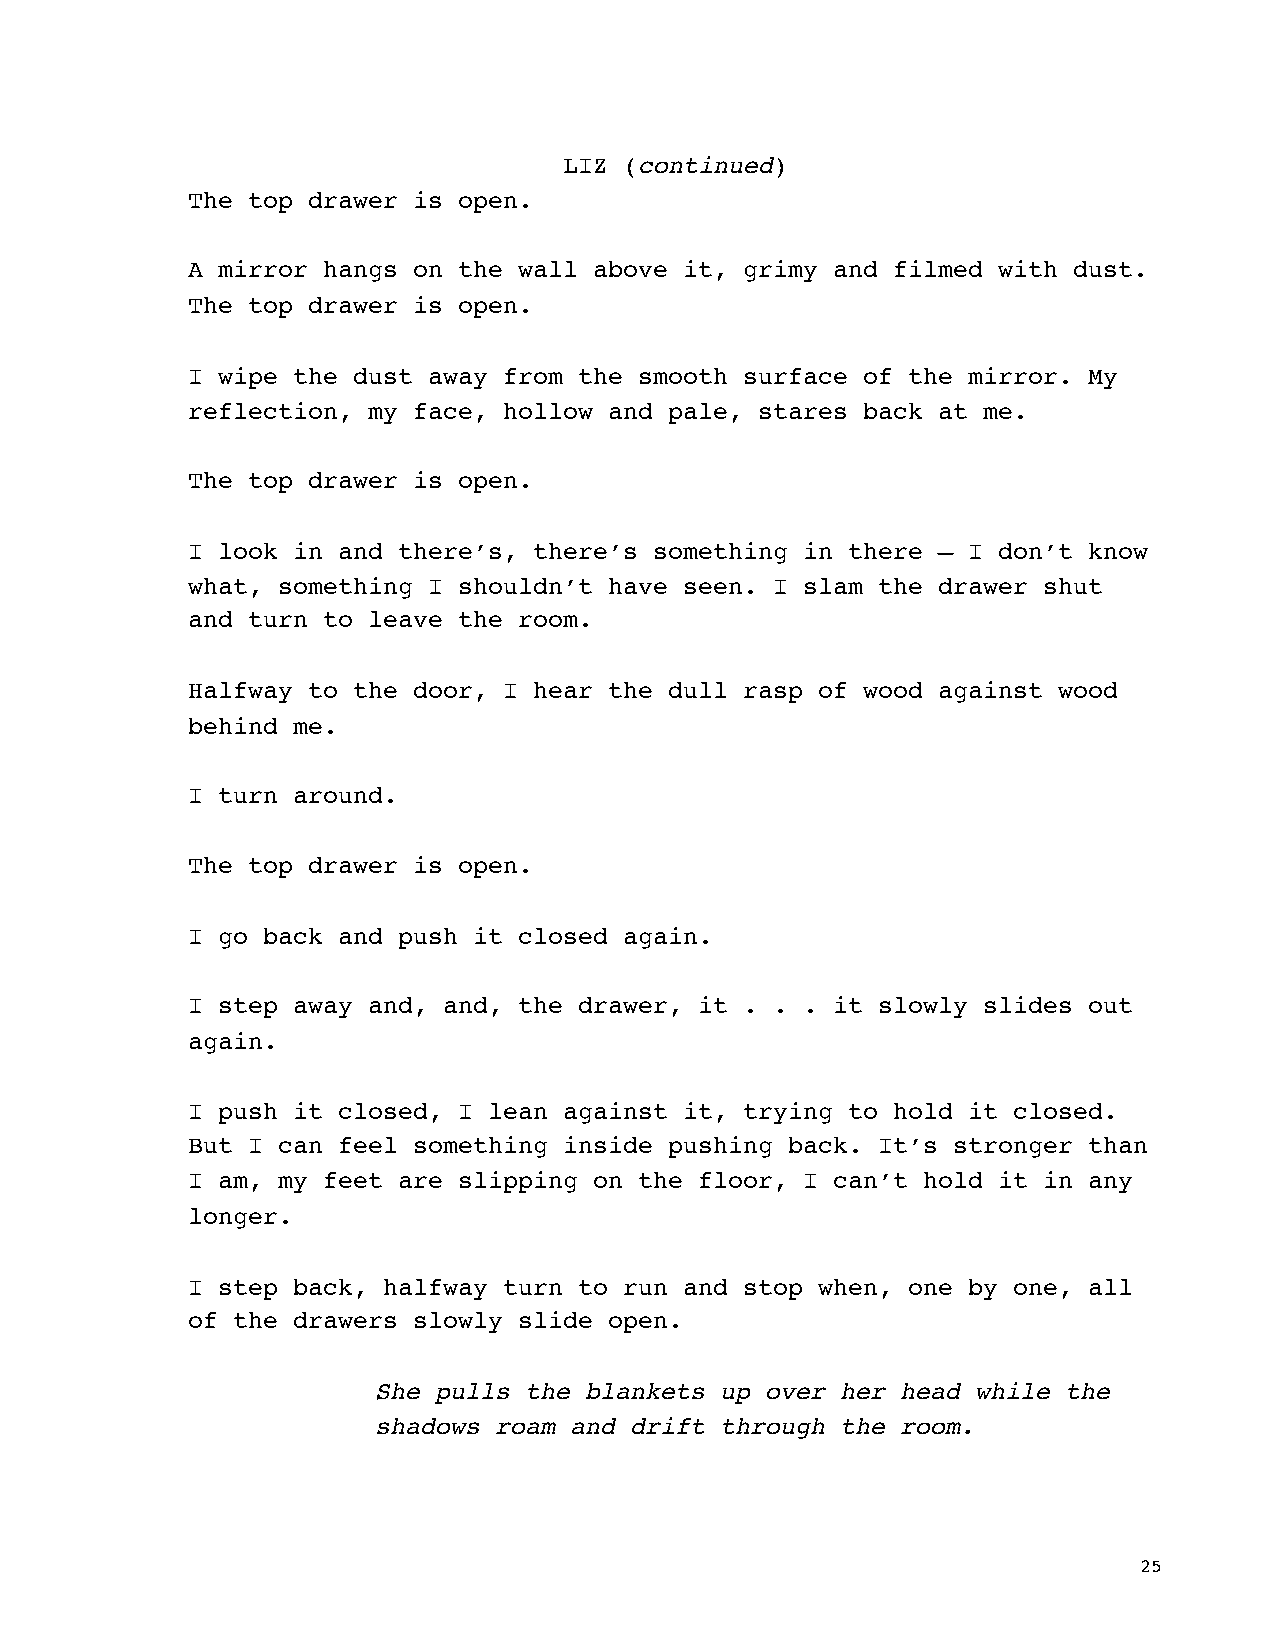
LIZ (continued)
 The top drawer is open.
 A mirror hangs on the wall above it, grimy and filmed with dust.
 The top drawer is open.
 I wipe the dust away from the smooth surface of the mirror. My
 reflection, my face, hollow and pale, stares back at me.
 The top drawer is open.
 I look in and there’s, there’s something in there — I don’t know
 what, something I shouldn’t have seen. I slam the drawer shut
 and turn to leave the room.
 Halfway to the door, I hear the dull rasp of wood against wood
 behind me.
 I turn around.
 The top drawer is open.
 I go back and push it closed again.
 I step away and, and, the drawer, it . . . it slowly slides out
 again.
 I push it closed, I lean against it, trying to hold it closed.
 But I can feel something inside pushing back. It’s stronger than
 I am, my feet are slipping on the floor, I can’t hold it in any
 longer.
 I step back, halfway turn to run and stop when, one by one, all
 of the drawers slowly slide open.
 She pulls the blankets up over her head while the
 shadows roam and drift through the room.
 25